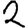
Digit: 2